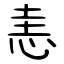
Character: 恚